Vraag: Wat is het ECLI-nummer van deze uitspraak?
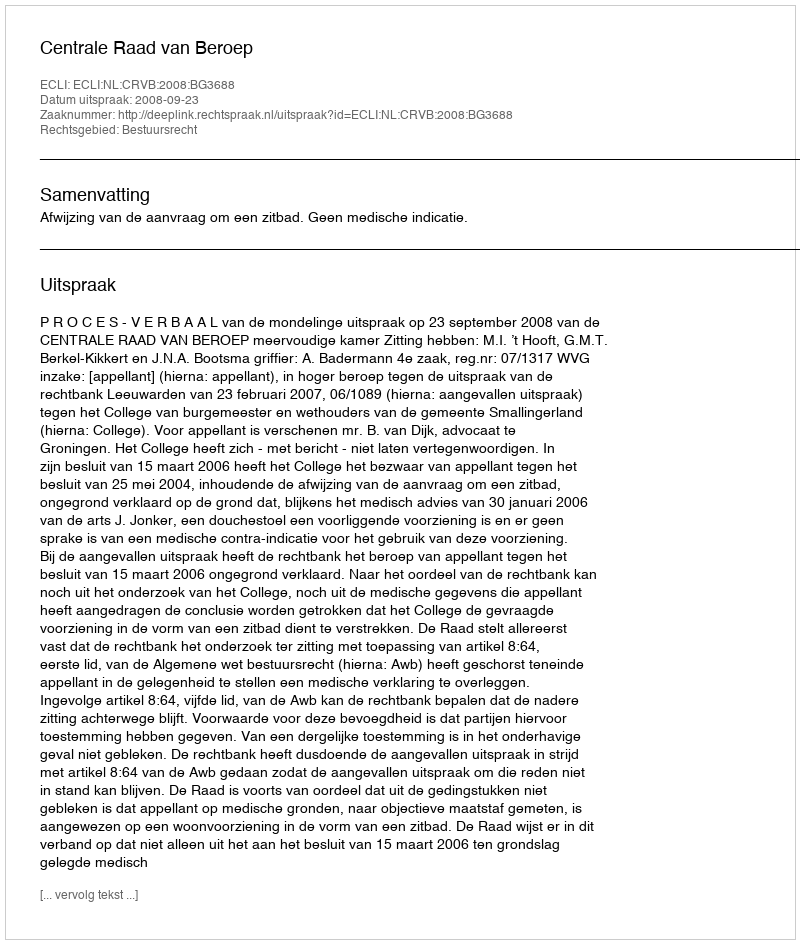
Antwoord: ECLI:NL:CRVB:2008:BG3688